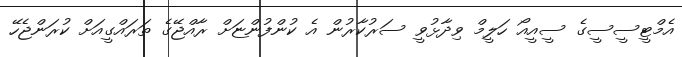
އެމްޓީސީސީގެ ސީއީއޯ ހަލީމް ވިދާޅުވީ ސަރުކާރުން އެ ކުންފުންޏަށް ރާއްޖޭގެ ތަރައްގީއަށް ކުރަންޖެހޭ